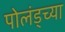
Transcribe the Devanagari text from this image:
पोलंड्च्या